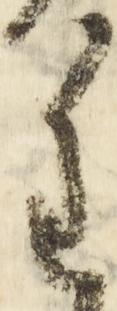
重